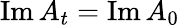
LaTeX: \operatorname{Im}A_{t}=\operatorname{Im}A_{0}